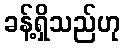
ခန့်ရှိသည်ဟု